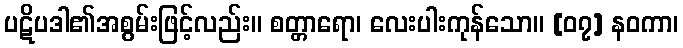
ပဋိပဒါ၏အစွမ်းဖြင့်လည်း။ စတ္တာရော၊ လေးပါးကုန်သော။ [၀၇] နဝကာ၊